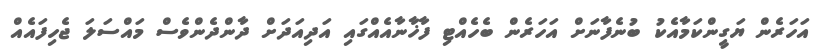
އަހަރެން ޔަގީންކަމާއެކު ބުނެފާނަށް އަހަރެން ބެހެއްޓި ފާޚާނާއެއްގައި އަދިއަދަށް ދާންދެންވެސް މައްސަލަ ޖެހިފައެއް